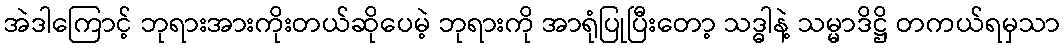
အဲဒါကြောင့် ဘုရားအားကိုးတယ်ဆိုပေမဲ့ ဘုရားကို အာရုံပြုပြီးတော့ သဒ္ဓါနဲ့ သမ္မာဒိဋ္ဌိ တကယ်ရမှသာ